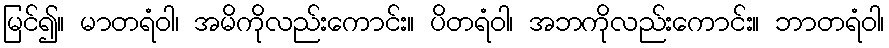
မြင်၍။ မာတရံဝါ၊ အမိကိုလည်းကောင်း။ ပိတရံဝါ၊ အဘကိုလည်းကောင်း။ ဘာတရံဝါ၊